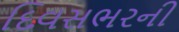
દિવસભરની